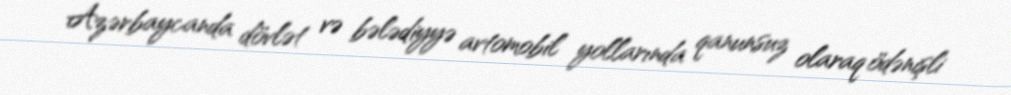
Azərbaycanda dövlət və bələdiyyə avtomobil yollarında qanunsuz olaraq ödənişli